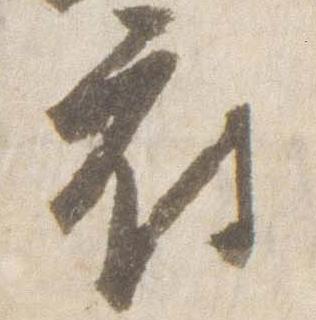
府